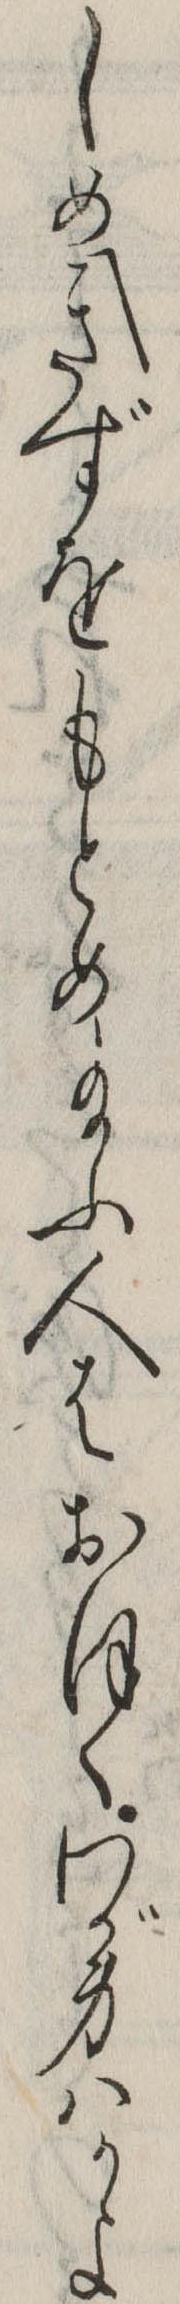
しめきずをもとめ給ふ人はおほくわが身はかよ